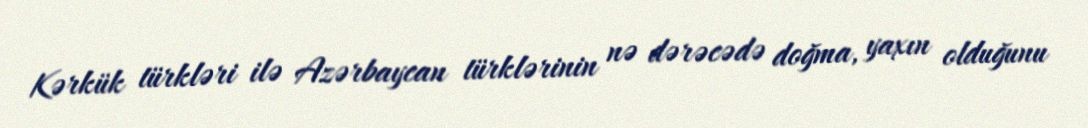
Kərkük türkləri ilə Azərbaycan türklərinin nə dərəcədə doğma, yaxın olduğunu